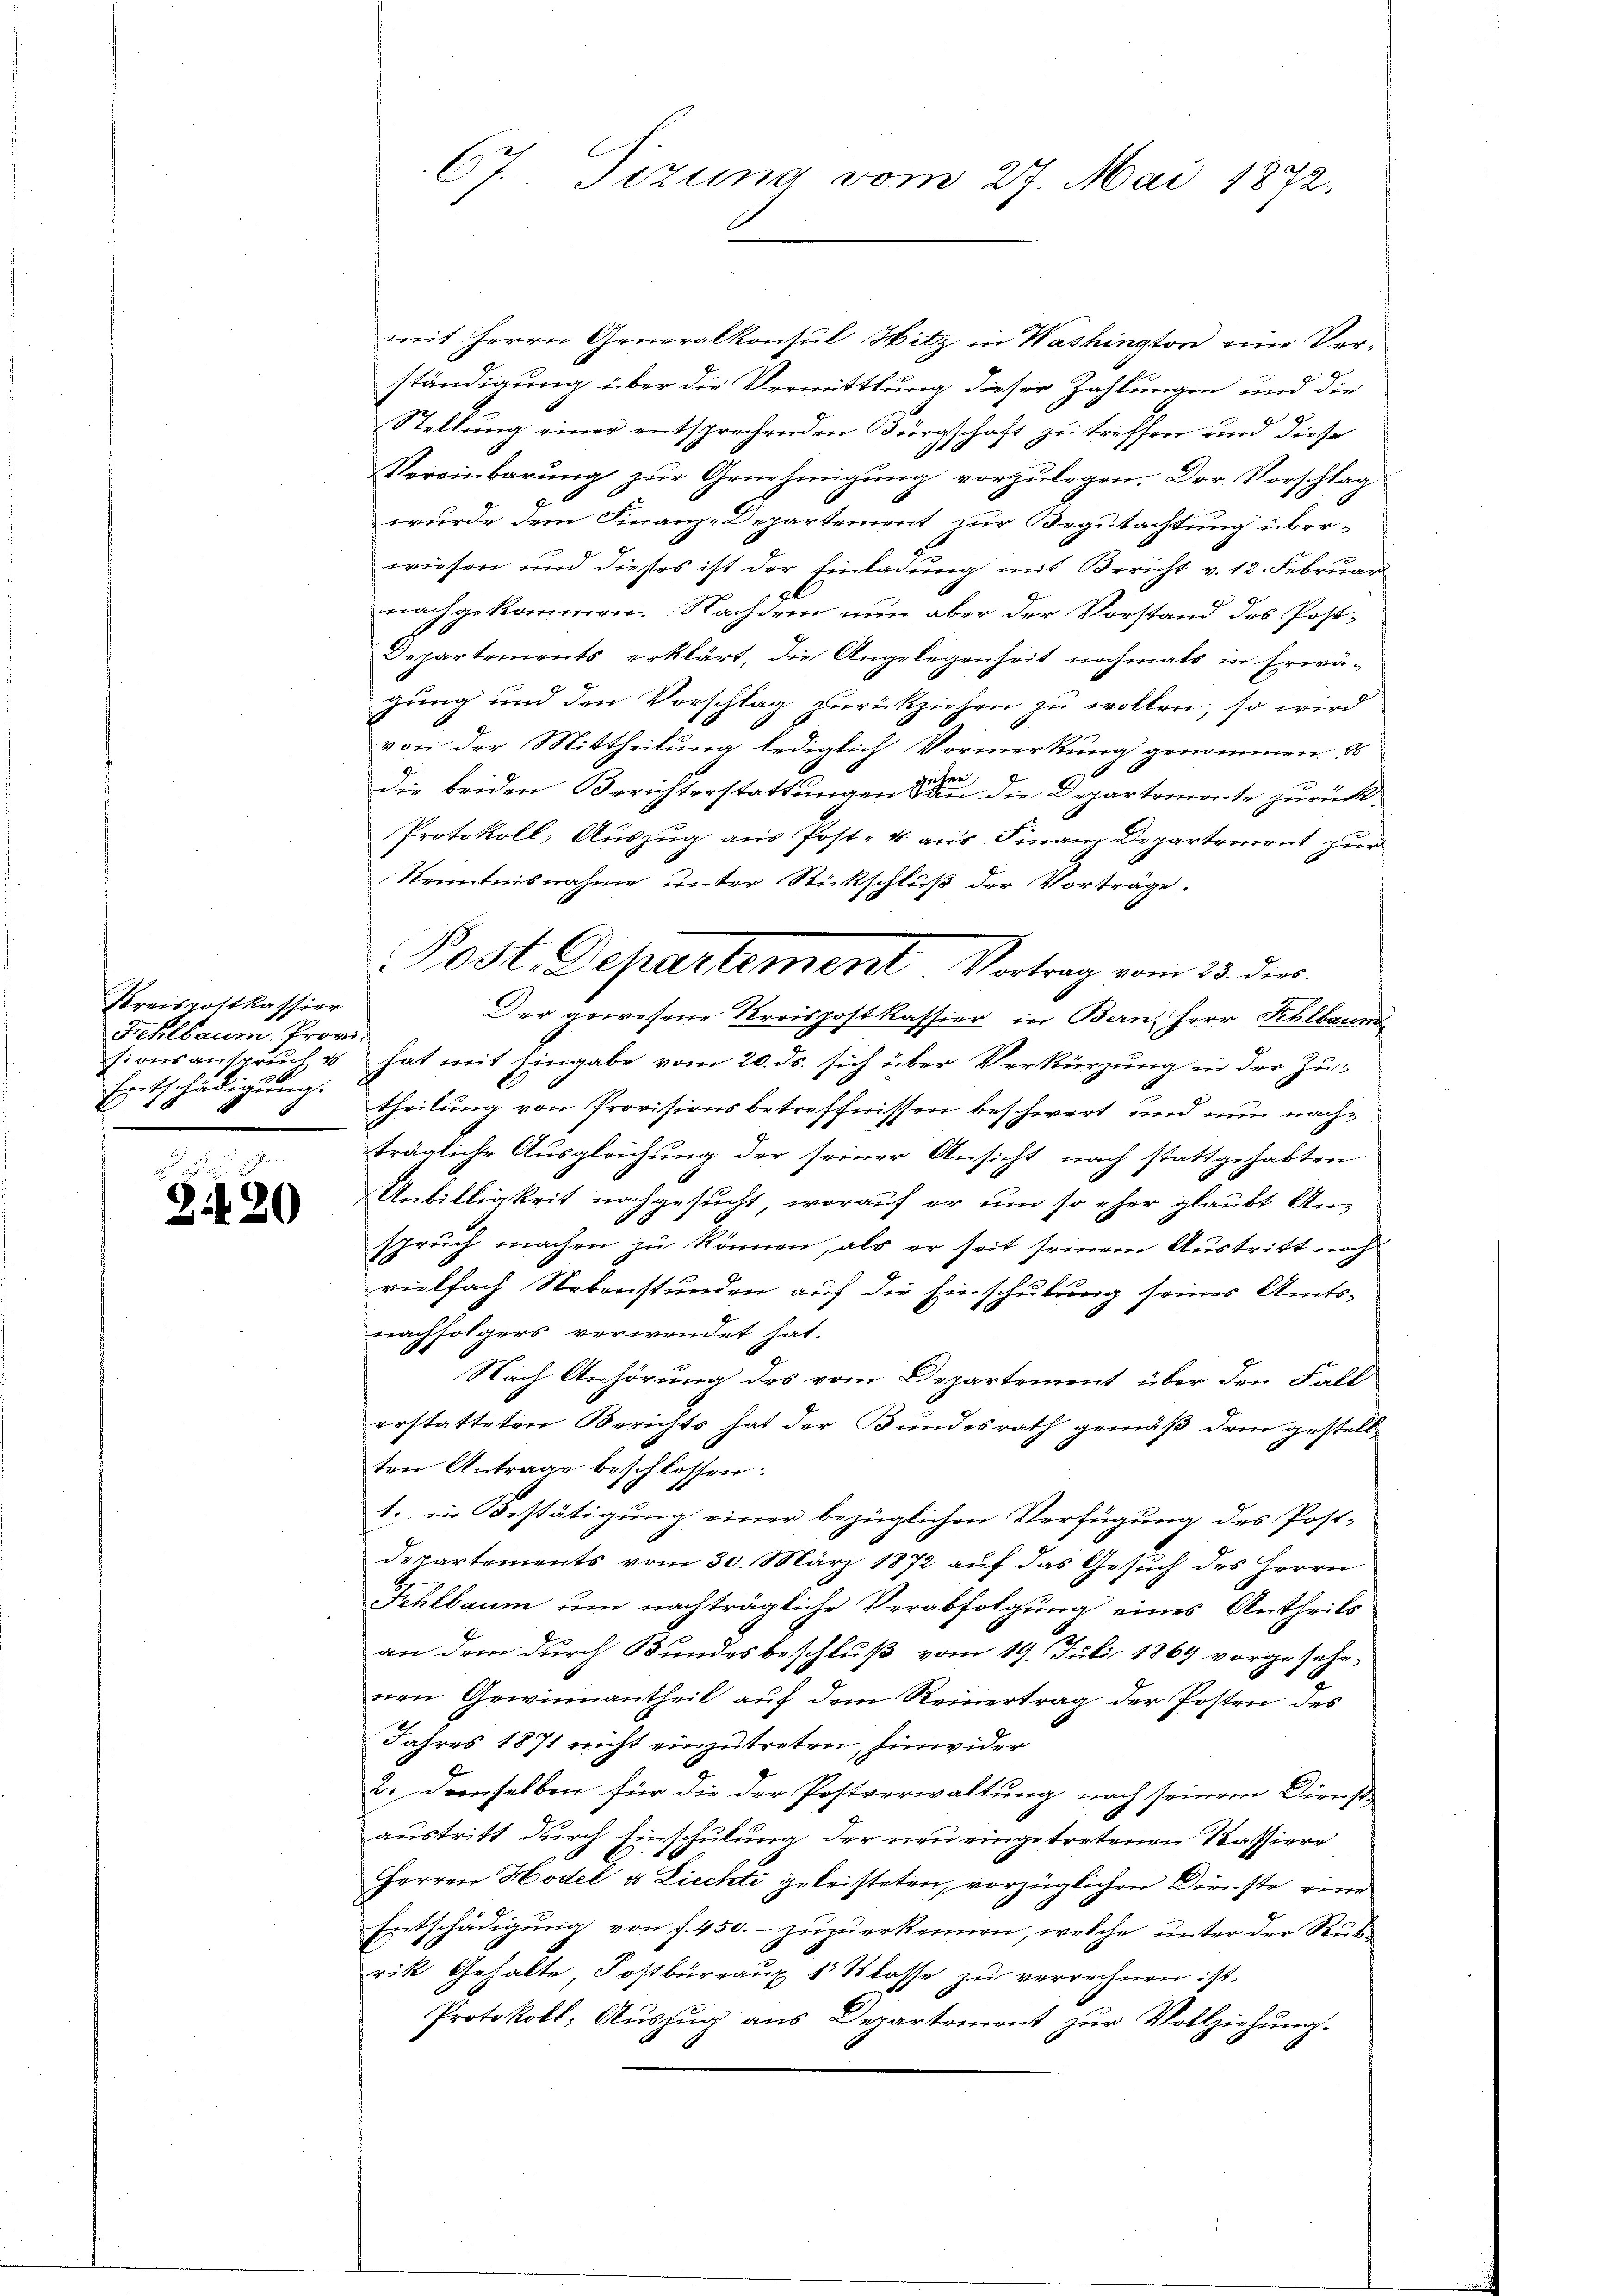
Kreispottkassier
Fehlbaum, Prov.
sionsanspruch u
Entschädigung.

2420

67. Tizung vom 27. Mai 1872.

mit Herrn Generalkonsul Hitz in Washington eine Verständigung über die Vermittlung dieser Zahlungen und die
Stellung einer entsprechenden Bürgschaft zu treffen und diese
Vereinbarung zur Genehmigung vorzulegen. Der Vorschlag
wurde dem Finanz-Departement zur Begutachtung überwiesen und diesses ist der Einladung mit Bericht v. 12. Februar
nachgekommen. Nachdem nun aber der Vorstand des Post¬
Departements erklärt, die Angelegenheit nochmals in Erwägung und den Vorschlag zurückziehen zu wollen, so wird
von der Mittheilung lediglich Vormerkung genommen. Es
die beiden Berichterstattungen den die Departemente zurück¬
Protokoll, Auszug aus Post- u. aus. Finanz Departement zur
Kenntnisnahme unter Rückschluß der Vorträge.
Der gewesene Preispostkassier in Bern, Herr Schlbaum
hat mit Eingabe vom 20. ds. sich über Verkürzung in der Zutheilung von Provisionsbetreffnissen beschwert und nun nachträgliche Ausgleichung der seiner Ansicht nach stattgehabten
Unbilligkeit nachgesucht, worauf er um so eher glaubt Un-
spruch machen zu können, als er seit seinem Austritt noch
vielfach Nebenstunden auf die Einschulung seines Amts-
nachfolgers verwendet hat.
Nach Anhörung des vom Departement über den Fall
erstatteten Berichts hat der Bundesrath gemäß dem gestell
6
ten Antrage beschlossen:
1. in Bestätigung einer bezüglichen Verfügung des Post¬
Departements vom 30. März 1872 auf das Gesuch des Herrn
Schtbaum um nachträgliche Verabfolgung eines Antheils
an dem durch Bundesbeschluß vom 19. Juli 1869 vorgesehenen Gewinnantheil auf dem Reinertrag der Posten des
Jahres 1871 nicht einzutreten, hinwider
2. demselben für die der Postverwaltung nach seinem Dienst
austritt durch Einschulung der neu eingetretenen Kassiere
Herren Hodel & Liechte geleisteten, vorzüglichen Dienste eine
Entschädigung von f. 450.- zuzuerkennen, welche unter der Rück-
rik Gehalte Postbüreaux 1 Klasse zu verrechnen ist.
Protokoll; Auszug aus Departement zur Vollziehung.

Post. Departement Vortrag vom 13. die